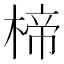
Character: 楴